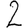
Digit: 2